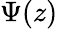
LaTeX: \Psi(z)